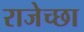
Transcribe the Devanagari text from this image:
राजेच्छा